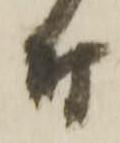
付